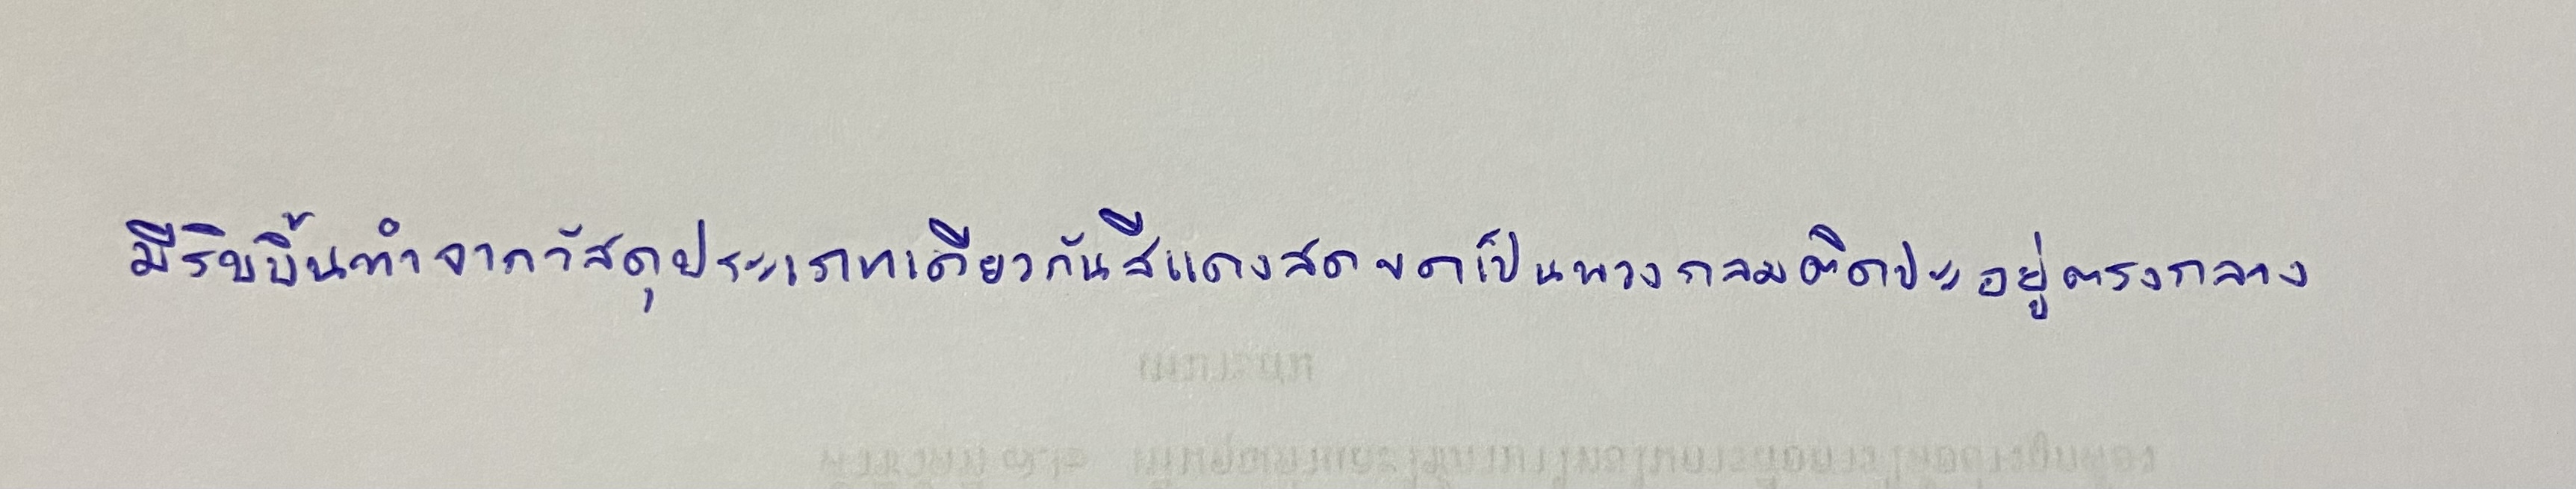
มีริบบิ้นทำจากวัสดุประเภทเดียวกันสีแดงสดขดเป็นพวงกลมติดปะอยู่ตรงกลาง